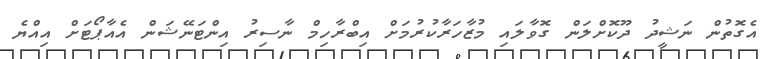
އެގޮތުން ނަޝީދު ދޫކޮށްލަން ގޮވާލައި މުޒާހަރާކުރުމަށް އިބްރާހިމް ނާސިރު އިންޓަނޭޝަން އެއާޕޯޓަށް އިއްޔެ